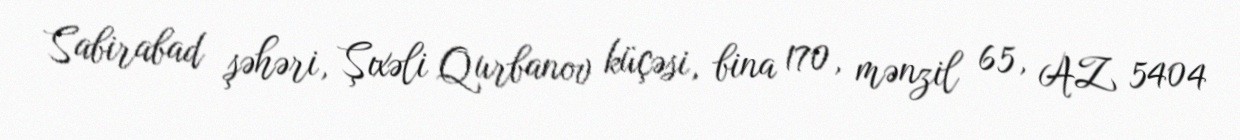
Sabirabad şəhəri, Şıxəli Qurbanov küçəsi, bina 170, mənzil 65, AZ 5404